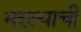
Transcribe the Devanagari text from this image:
भरल्याची